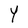
Character: Y